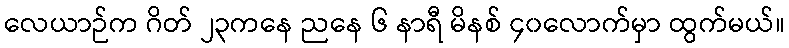
လေယာဉ်က ဂိတ် ၂၃ကနေ ညနေ ၆ နာရီ မိနစ် ၄၀လောက်မှာ ထွက်မယ်။